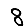
Digit: 8